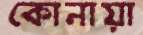
কোনায়া